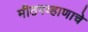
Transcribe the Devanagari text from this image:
मीठगव्हाणाचे